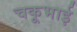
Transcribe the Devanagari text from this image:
चकूभाई